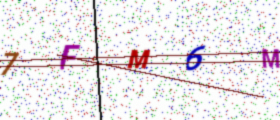
Text: 7FM6M